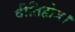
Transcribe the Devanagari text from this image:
वीतिहोत्र।